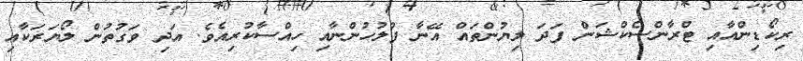
ރިކޯޑިންއާއި ޓްރާންސެކްޝަން ފަދަ ލިޔުންތައް އޭނާ ފުލުހުންނާއި ހިއްސާކުރިއެވެ. އަދި ވަގުތުން ލޯޔަރަކާއި